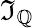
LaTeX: \mathfrak{I}_{\mathbb{{Q}}}